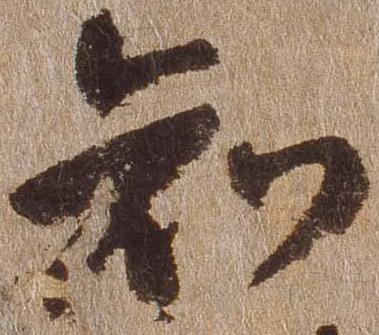
知